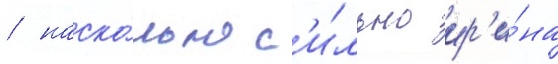
/ наско́лько с'и́льно ир'и́на